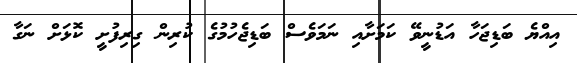
އިއްޔެ ބަޑިޖަހާ އަޑުނީވޭ ކަމަށާއި ނަމަވެސް ބަޑިޖެހުމުގެ ކުރިން ގިރިފުށީ ކޮޅަށް ނަގާ